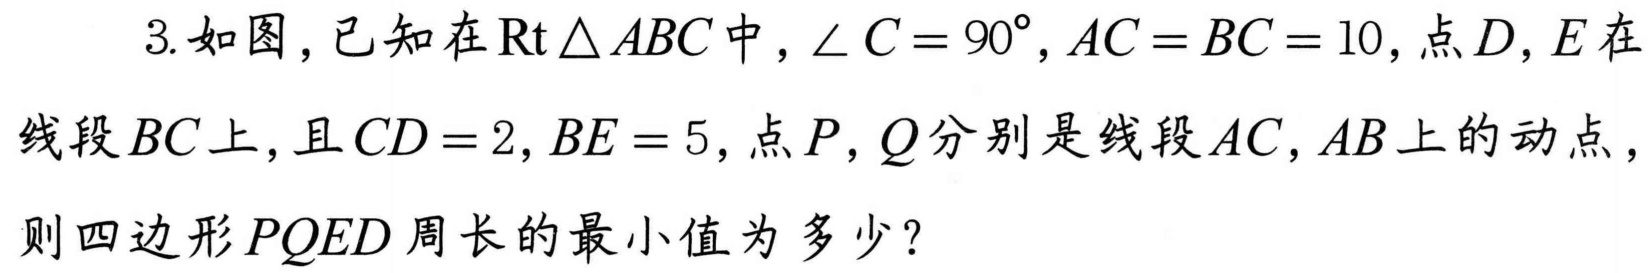
3. 如图，已知在\(\text{Rt}\triangle ABC\)中，\(\angle C = 90^{\circ}\)，\(AC = BC = 10\)，点\(D\)，\(E\)在线段\(BC\)上，且\(CD = 2\)，\(BE = 5\)，点\(P\)，\(Q\)分别是线段\(AC\)，\(AB\)上的动点，则四边形\(PQED\)周长的最小值为多少？